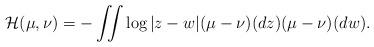
LaTeX: \begin{align*}\mathcal{H}(\mu,\nu)=-\iint \log|z-w|(\mu-\nu)(dz)(\mu-\nu)(dw). \end{align*}